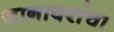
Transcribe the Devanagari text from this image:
जानावरांचा